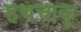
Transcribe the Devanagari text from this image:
हथचाकू